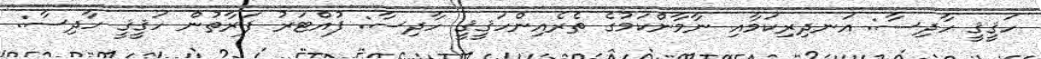
ހަޤީޤީ ހާދިސާ: އަނދިރިކަމާއި ނާމާންކަމުގެ ތެރެއިންހަޤީޤީ ހާދިސާ: ފުއްޓަރު ފަރާތުން ހަޤީޤީ ހާދިސާ: